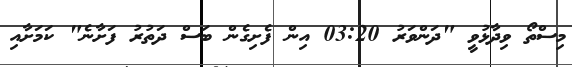
މިސްތޯ ވިދާޅުވީ "ދަންވަރު 03:20 އިން ފެށިގެން ބަސް ދަތުރު ފަށާނެ" ކަމަށާއި